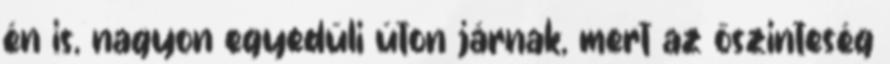
én is, nagyon egyedüli úton járnak, mert az őszinteség